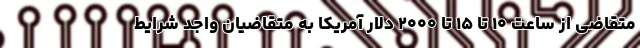
متقاضی از ساعت ۱۰ تا ۱۵ تا ۲۰۰۰ دلار آمریکا به متقاضیان واجد شرایط